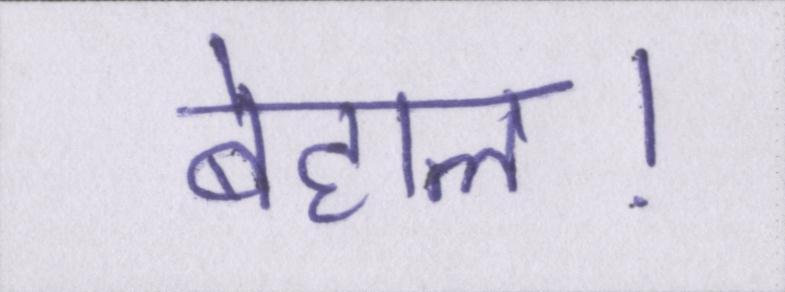
बेहाल।